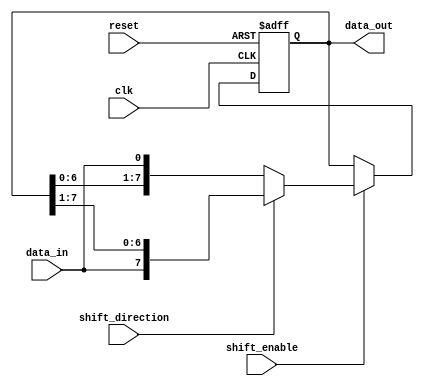
module SIPO_shift_register (
    input clk,
    input reset,
    input data_in,
    input shift_enable,
    input shift_direction,
    output reg [7:0] data_out
);

reg [7:0] register;

always @(posedge clk or posedge reset) begin
    if (reset) begin
        register <= 8'b0;
    end else if (shift_enable) begin
        if (shift_direction) begin
            register <= {data_in, register[7:1]};
        end else begin
            register <= {register[6:0], data_in};
        end
    end
end

assign data_out = register;

endmodule